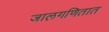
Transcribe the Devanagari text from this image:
जालगणितात